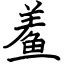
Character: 鲝